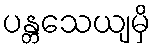
ပန္တသေယျမှိ